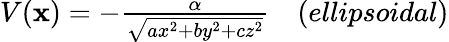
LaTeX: \begin{array}{c}{{V({\mathbf x})=-{\frac{\alpha}{\sqrt{ax^{2}+by^{2}+cz^{2}}}}\space\space\space\space(ellipsoidal)}}\end{array}